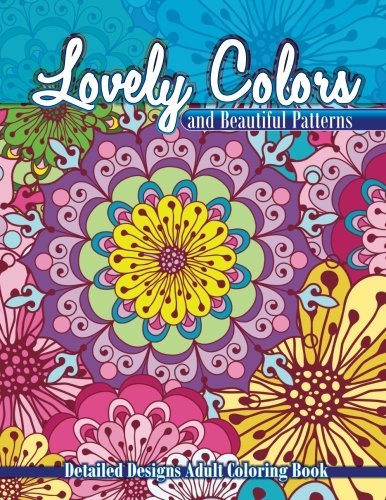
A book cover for Lovely Colors & Beautiful Patterns Detailed Designs Adult Coloring Boo (Beautiful Patterns & Designs Adult Coloring Books) (Volume 13); Lilt Kids Coloring Books; Arts & Photography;